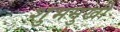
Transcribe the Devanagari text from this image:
शुभमुखी